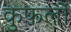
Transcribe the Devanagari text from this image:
कुफलों